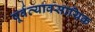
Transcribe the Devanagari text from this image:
पूर्वव्यावसायिक